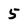
Character: 5